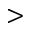
>